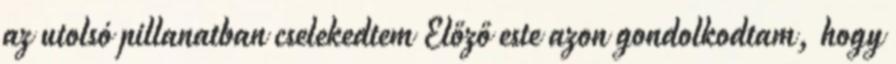
az utolsó pillanatban cselekedtem Előző este azon gondolkodtam, hogy